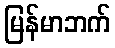
မြန်မာဘက်